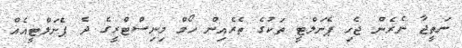
ނަތީޖާ ނެރެން ޖެހި ޕެނަލްޓީ ތަކުގެ ތެރެއިން ހޯމް މިނިސްޓްރީގެ ދެ ޕެނަލްޓީއެއް